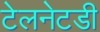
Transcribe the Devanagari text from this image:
टेलनेटडी